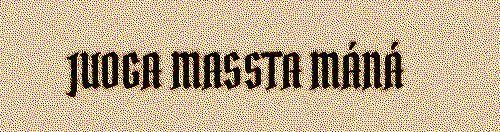
JUOGA MASSTA MÁNÁ